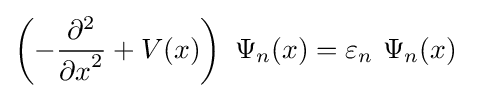
\left(-{\frac {\partial ^{2}}{{\partial x}^{2}}}+V(x)\right)\ \Psi _{n}(x)=\varepsilon _{n}\ \Psi _{n}(x)\